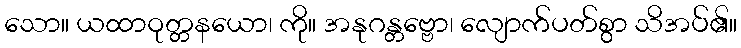
သော။ ယထာဝုတ္တနယော၊ ကို။ အနုဂန္တဗ္ဗော၊ လျောက်ပတ်စွာ သိအပ်၏။